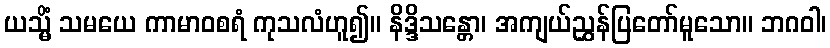
ယသ္မိံ သမယေ ကာမာဝစရံ ကုသလံဟူ၍။ နိဒ္ဒိသန္တော၊ အကျယ်ညွှန်ပြတော်မူသော။ ဘဂဝါ၊